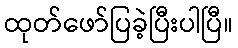
ထုတ်ဖော်ပြခဲ့ပြီးပါပြီ။